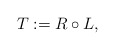
\begin{align*} T := R \circ L, \end{align*}